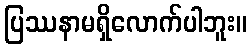
ပြဿနာမရှိလောက်ပါဘူး။